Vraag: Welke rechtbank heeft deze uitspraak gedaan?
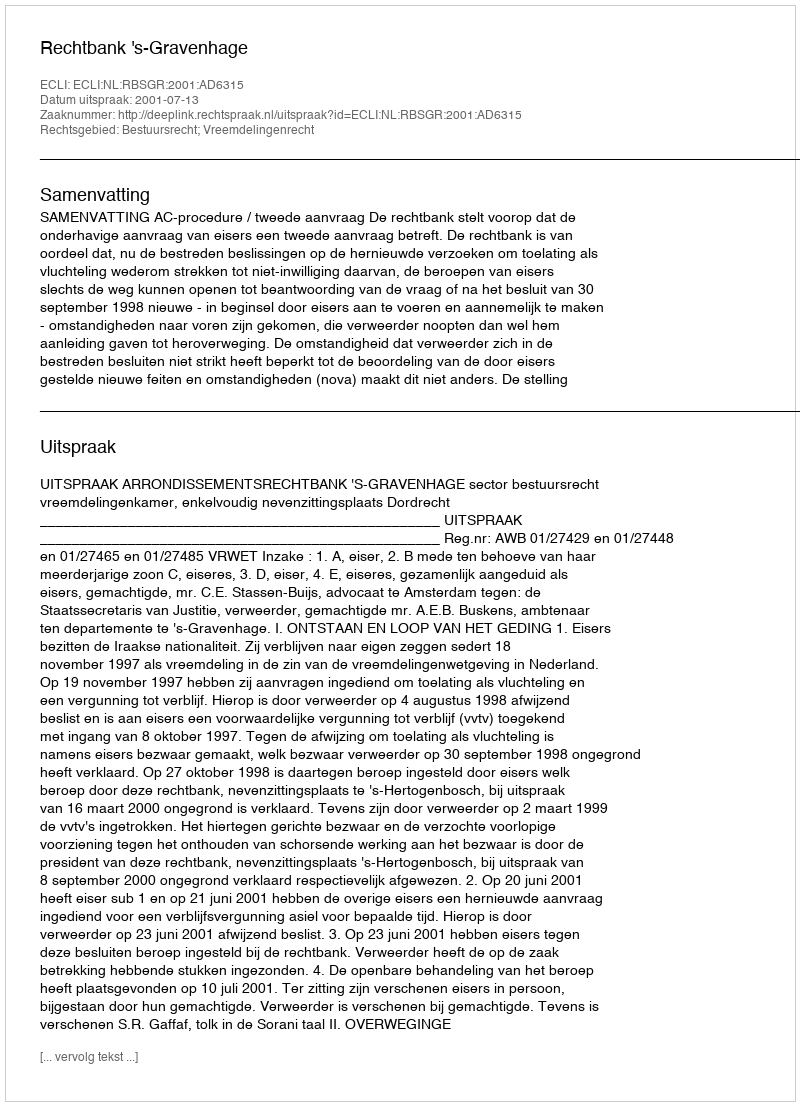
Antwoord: Rechtbank 's-Gravenhage